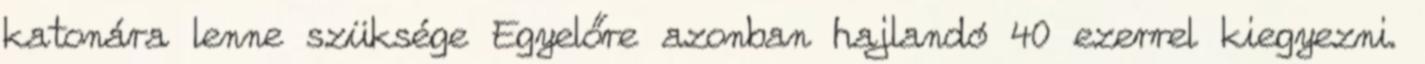
katonára lenne szüksége Egyelőre azonban hajlandó 40 ezerrel kiegyezni.